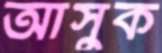
আসুক